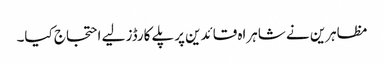
مظاہرین نے شاہراہ قائدین پرپلے کارڈز لیے احتجاج کیا۔